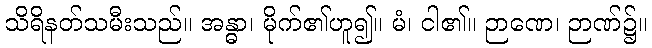
သိရိနတ်သမီးသည်။ အန္ဓာ၊ မိုက်၏ဟူ၍။ မံ၊ ငါ၏။ ဉာဏေ၊ ဉာဏ်၌။